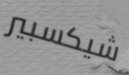
شيكسبير